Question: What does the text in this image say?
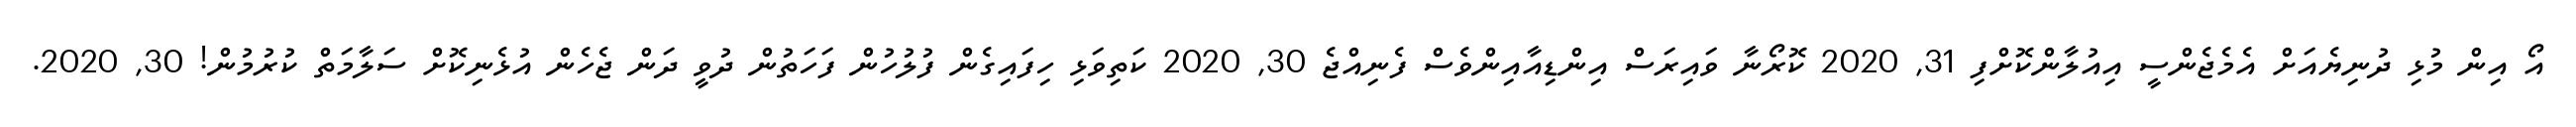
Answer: އޯ އިން މުޅި ދުނިޔެއަށް އެމެޖެންސީ އިއުލާންކޮށްފި 31, 2020 ކޮރޯނާ ވައިރަސް އިންޑިއާއިންވެސް ފެނިއްޖެ 30, 2020 ކަތިވަޅި ހިފައިގެން ފުލުހުން ފަހަތުން ދުވީ ދަން ޖެހެން އުޅެނިކޮށް ސަލާމަތް ކުރުމުން! 30, 2020.